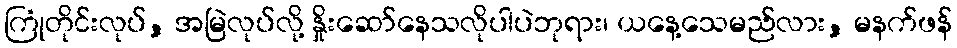
ကြုံတိုင်းလုပ်, အမြဲလုပ်လို့ နှိုးဆော်နေသလိုပါပဲဘုရား၊ ယနေ့သေမည်လား, မနက်ဖန်